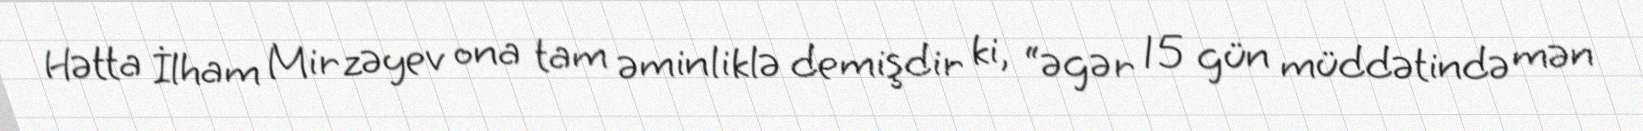
Hətta İlham Mirzəyev ona tam əminliklə demişdir ki, “əgər 15 gün müddətində mən